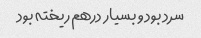
سرد بود و بسیار درهم ریخته بود